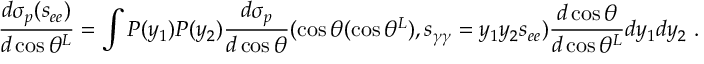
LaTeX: \frac { d \sigma _ { p } ( s _ { e e } ) } { d \cos \theta ^ { L } } = \int P ( y _ { 1 } ) P ( y _ { 2 } ) \frac { d \sigma _ { p } } { d \cos \theta } ( \cos \theta ( \cos \theta ^ { L } ) , s _ { \gamma \gamma } = y _ { 1 } y _ { 2 } s _ { e e } ) \frac { d \cos \theta } { d \cos \theta ^ { L } } d y _ { 1 } d y _ { 2 } \; .